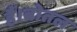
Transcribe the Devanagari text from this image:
हैं।बोतल